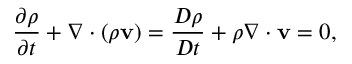
{ \frac { \partial \rho } { \partial t } } + \nabla \cdot \left( \rho \mathbf { v } \right) = { \frac { D \rho } { D t } } + \rho \nabla \cdot \mathbf { v } = 0 ,